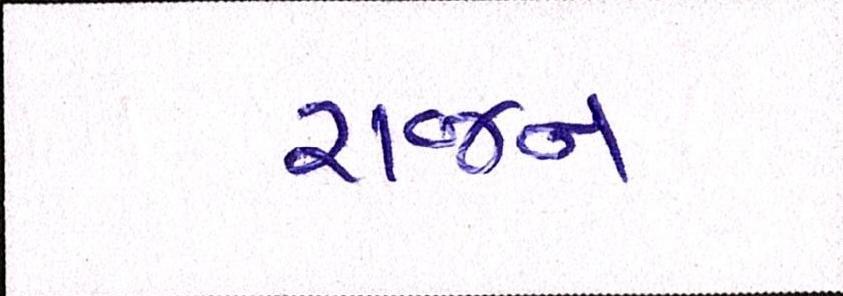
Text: રાજન